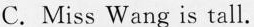
C.Miss Wang is tall.